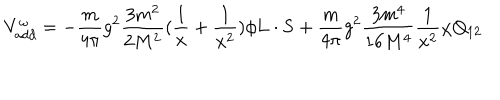
V _ { a d d } ^ { \omega } = - \frac { m } { 4 \pi } g ^ { 2 } \frac { 3 m ^ { 2 } } { 2 M ^ { 2 } } ( \frac { 1 } { x } + \frac { 1 } { x ^ { 2 } } ) \phi { \bf L } \cdot { \bf S } + \frac { m } { 4 \pi } g ^ { 2 } \frac { 3 m ^ { 4 } } { 1 6 M ^ { 4 } } \frac { 1 } { x ^ { 2 } } \chi Q _ { 1 2 }